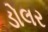
ડોલર